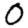
Digit: 0